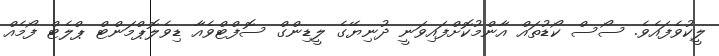
ލީކުވެފައެވެ. ސޯސް ކޯޑުތައް އާންމުކޮށްފައިވަނީ ދުނިޔޭގެ ލީޑިންގް ސޮފްޓްވެއާ ޑިވެލޮޕްމަންޓް ޕްލެޓް ފޯމެއް